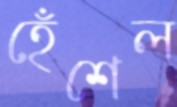
হেঁশেল